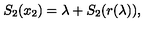
S _ { 2 } ( x _ { 2 } ) = \lambda + S _ { 2 } ( r ( \lambda ) ) ,